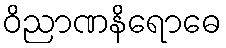
ဝိညာဏနိရောဓေ